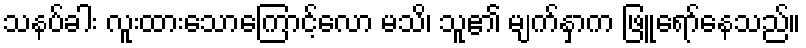
သနပ်ခါး လူးထားသောကြောင့်လော မသိ၊ သူ၏ မျက်နှာက ဖြူရော်နေသည်။